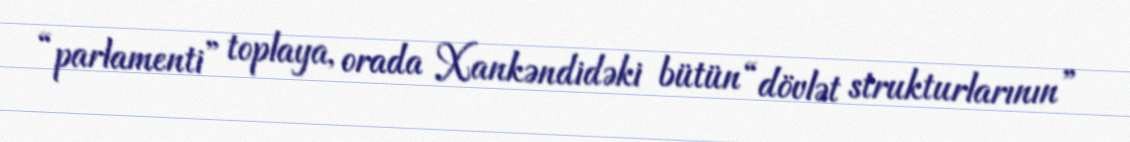
“parlamenti” toplaya, orada Xankəndidəki bütün “dövlət strukturlarının”